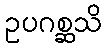
ဥပဂစ္ဆသိ